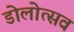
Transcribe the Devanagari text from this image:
डोलोत्सव